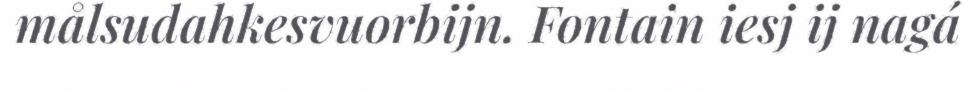
målsudahkesvuorbijn. Fontain iesj ij nagá